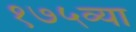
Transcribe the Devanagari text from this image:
१७५व्या